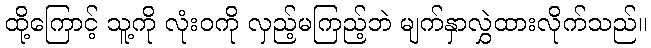
ထို့ကြောင့် သူ့ကို လုံးဝကို လှည့်မကြည့်ဘဲ မျက်နှာလွှဲထားလိုက်သည်။